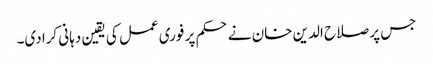
جس پر صلاح الدین خان نے حکم پر فوری عمل کی یقین دہانی کرادی۔